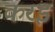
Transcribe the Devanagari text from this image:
करइ